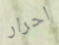
احرار